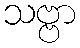
သဗ္ဗာ